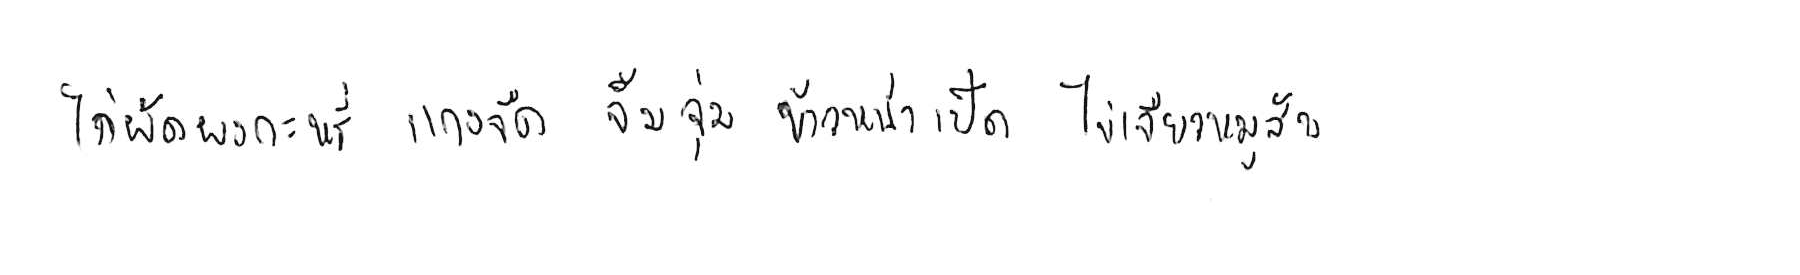
ไก่ผัดผงกะหรี่ แกงจืด จิ้มจุ่ม ข้าวหน้าเป็ด ไข่เจียวหมูสับ